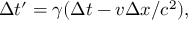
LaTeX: \Delta t ^ { \prime } = \gamma ( \Delta t - v \Delta x / c ^ { 2 } ) ,